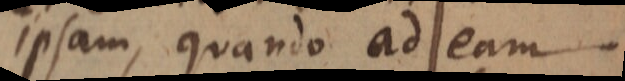
ipsam, quando ad eam